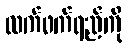
လက်ဖက်ရည်ကို